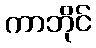
ကာဘိုင်